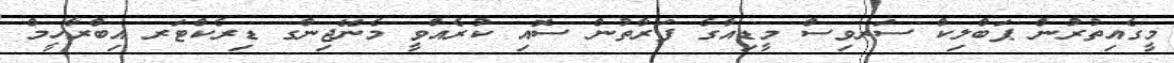
މީގެއިތުރުން ޕަބްލިކް ސަރވިސް މީޑިއާގެ ފަރާތުން ސޮއި ކުރެއްވީ މެނޭޖިންގ ޑިރެކްޓަރ އިބްރާހީމް